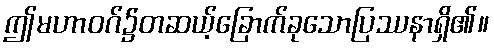
ဤမဟာဝဂ်၌တဆယ့်ခြောက်ခုသောပြဿနာရှိ၏။